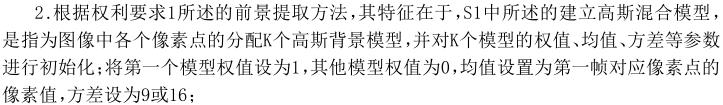
2.根据权利要求1所述的前景提取方法，其特征在于，S1中所述的建立高斯混合模型，是指为图像中各个像素点的分配K个高斯背景模型，并对K个模型的权值、均值、方差等参数进行初始化；将第一个模型权值设为1，其他模型权值为0，均值设置为第一帧对应像素点的像素值，方差设为9或16；